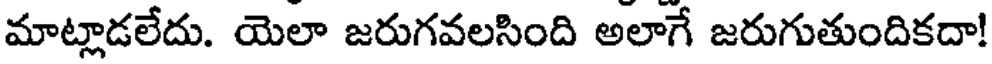
మాట్లాడలేదు. యెలా జరుగవలసింది అలాగే జరుగుతుందికదా!